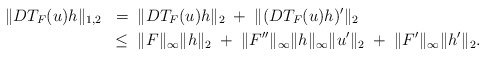
\begin{align*}\|DT_F(u)h\|_{1,2} \;\; =& \; \; \|DT_F(u)h\|_2 \; + \; \|(DT_F(u)h)'\|_2 \; \\\leq & \; \; \|F\|_\infty \|h\|_2 \; + \; \|F''\|_\infty \|h\|_\infty \|u'\|_2 \; + \; \|F'\|_\infty\|h'\|_2.\end{align*}